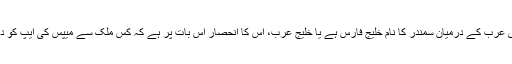
ایران اور سعودی عرب کے درمیان سمندر کا نام خلیج فارس ہے یا خلیج عرب، اس کا انحصار اس بات پر ہے کہ کس ملک سے میپس کی ایپ کو دیکھا جا رہا ہے۔